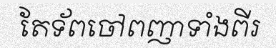
តែទ័ពចៅពញាទាំងពីរ